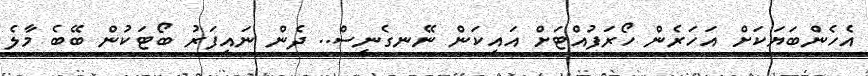
އެހެންބަޔަކަށް އަހަރެން ހޯރަފުއްޓަށް އައިކަން ނޭނގެނީސް.. ދެން ނައިފަރު ބޯޓަކުން ބޭބެ މާލެ